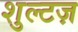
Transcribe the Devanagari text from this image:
शुल्टज़